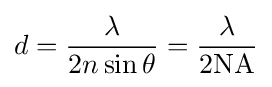
d={\frac {\lambda }{2n\sin \theta }}={\frac {\lambda }{2\mathrm {NA} }}